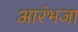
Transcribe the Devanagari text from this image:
आरंभजा